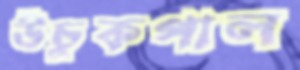
উঁচুকপাল